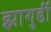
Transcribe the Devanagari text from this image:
झागुर्डी